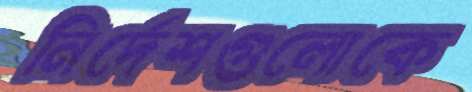
নির্দেশগুলোকে